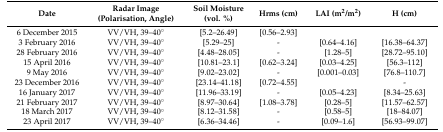
| Date | Radar Image (Polarisation, Angle) | Soil Moisture (vol. %) | Hrms (cm) | LAI (m2/m2) | H (cm) |
 | --- | --- | --- | --- | --- | --- |
 | 6 December 2015 | VV/VH, 39–40° | [5.2–26.49] | [0.56–2.93] |  |  |
 | 3 February 2016 | VV/VH, 39–40° | [5.29–25] | - | [0.64–4.16] | [16.38–64.37] |
 | 28 February 2016 | VV/VH, 39–40° | [4.48–28.05] | - | [1.28–5] | [28.72–95.10] |
 | 15 April 2016 | VV/VH, 39–40° | [10.81–23.1] | [0.62–3.24] | [0.03–4.25] | [56.3–112] |
 | 9 May 2016 | VV/VH, 39–40° | [9.02–23.02] | - | [0.001–0.03] | [76.8–110.7] |
 | 23 December 2016 | VV/VH, 39–40° | [23.14–41.18] | [0.72–4.55] |  | - |
 | 16 January 2017 | VV/VH, 39–40° | [11.96–33.19] | - | [0.05–4.23] | [8.34–25.63] |
 | 21 February 2017 | VV/VH, 39–40° | [8.97–30.64] | [1.08–3.78] | [0.28–5] | [11.57–62.57] |
 | 18 March 2017 | VV/VH, 39–40° | [8.12–31.58] | - | [0.58–5] | [18–84.07] |
 | 23 April 2017 | VV/VH, 39–40° | [6.36–34.46] | - | [0.09–1.6] | [56.93–99.07] |